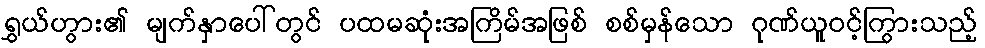
ရွှယ်ဟွား၏ မျက်နှာပေါ်တွင် ပထမဆုံးအကြိမ်အဖြစ် စစ်မှန်သော ဂုဏ်ယူဝင့်ကြွားသည့်